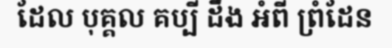
ដែល បុគ្គល គប្បី ដឹង អំពី ព្រំដែន